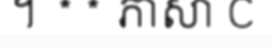
។ ** ភាសា C